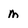
Character: m